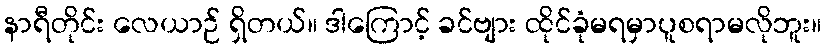
နာရီတိုင်း လေယာဉ် ရှိတယ်။ ဒါကြောင့် ခင်ဗျား ထိုင်ခုံမရမှာပူစရာမလိုဘူး။